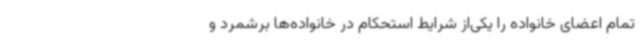
تمام اعضای خانواده را یکی‌از شرایط استحکام در خانواده‌ها برشمرد و